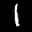
Label: 1